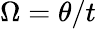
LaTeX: \Omega=\theta/t